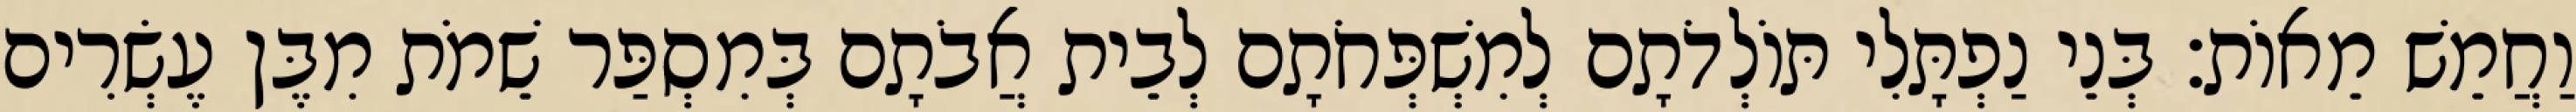
וַחֲמֵשׁ מֵאוֹת׃ בְּנֵי נַפְתָּלִי תּוֹלְדֹתָם לְמִשְׁפְּחֹתָם לְבֵית אֲבֹתָם בְּמִסְפַּר שֵׁמֹת מִבֶּן עֶשְׂרִים